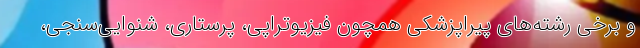
و برخی رشته‌های پیراپزشکی همچون فیزیوتراپی، پرستاری، شنوایی‌سنجی،